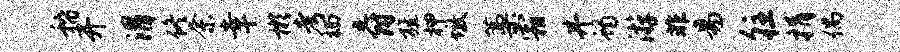
稽开渭佟奈幸彬考楠爵旌柙墩藁霜井蝎游非易往捐偶